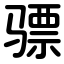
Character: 骠